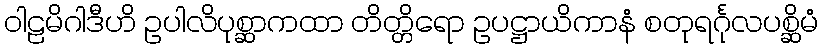
ဝါဠမိဂါဒီဟိ ဥပါလိပုစ္ဆာကထာ တိတ္တိရော ဥပဋ္ဌာယိကာနံ စတုရင်္ဂုလပစ္ဆိမံ